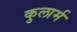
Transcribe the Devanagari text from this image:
कुलार्म